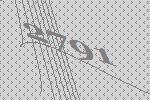
2791